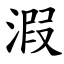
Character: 溊